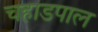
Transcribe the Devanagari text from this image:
चहाडपाल